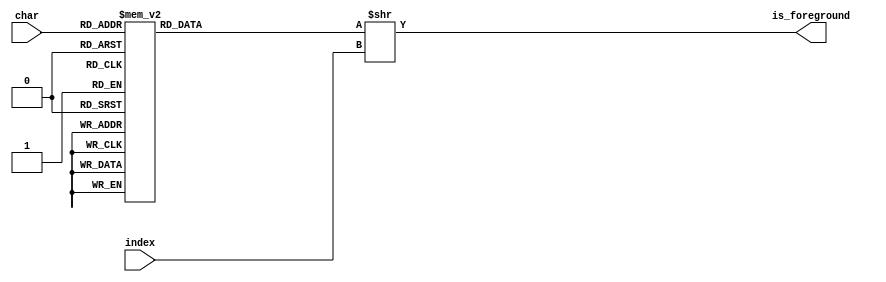
/*------------------------------------\
|ROM containing the font Public Pixel.|
|Made by GGBotNet under the license   |
|Creative Commons Zero v1.0 Universal.|
|Accepts ISO/IEC 8859-1 encoded       |
|characters as input.                 |
\------------------------------------*/

module public_pixel (
    input [7:0] char,
    input [$clog2(64)-1:0] index,
    output is_foreground
    );

    reg [63:0] font_char;
    wire [63:0] shift = font_char >> index;
    assign is_foreground = shift[0];
    
    always @ (char)
        case(char)
            8'h21 : font_char = 64'h0C000C1E1E1E0C00;
            8'h22 : font_char = 64'h0000001224363600;
            8'h23 : font_char = 64'h367F3636367F3600;
            8'h24 : font_char = 64'h083F683E0B7E0800;
            8'h25 : font_char = 64'h23562C1832654200;
            8'h26 : font_char = 64'h3E63735B0E1B0E00;
            8'h27 : font_char = 64'h00000004080C0C00;
            8'h28 : font_char = 64'h380C0606060C3800;
            8'h29 : font_char = 64'h0E18303030180E00;
            8'h2A : font_char = 64'h00000000361C3600;
            8'h2B : font_char = 64'h08083E0808000000;
            8'h2C : font_char = 64'h04080C0C00000000;
            8'h2D : font_char = 64'h00003E0000000000;
            8'h2E : font_char = 64'h0C0C000000000000;
            8'h2F : font_char = 64'h0103060C18302000;
            8'h30 : font_char = 64'h3E67636363733E00;
            8'h31 : font_char = 64'h7E18181818181E00;
            8'h32 : font_char = 64'h7F03061C30633E00;
            8'h33 : font_char = 64'h3E63603C60633E00;
            8'h34 : font_char = 64'h60607F63666C7800;
            8'h35 : font_char = 64'h3E6360603F037F00;
            8'h36 : font_char = 64'h3E63633F03633E00;
            8'h37 : font_char = 64'h03060C1830637F00;
            8'h38 : font_char = 64'h3E63633E63633E00;
            8'h39 : font_char = 64'h3E63607E63633E00;
            8'h3A : font_char = 64'h0C0C000C0C000000;
            8'h3B : font_char = 64'h080C000C0C000000;
            8'h3C : font_char = 64'h381C0E1C38000000;
            8'h3D : font_char = 64'h003E003E00000000;
            8'h3E : font_char = 64'h0E1C381C0E000000;
            8'h3F : font_char = 64'h0C000C3C60633E00;
            8'h40 : font_char = 64'h3E033B6B6B633E00;
            8'h41 : font_char = 64'h63637F6363361C00;
            8'h42 : font_char = 64'h3F63633F63633F00;
            8'h43 : font_char = 64'h3E63030303633E00;
            8'h44 : font_char = 64'h1F33636363331F00;
            8'h45 : font_char = 64'h7F03031F03037F00;
            8'h46 : font_char = 64'h0303031F03037F00;
            8'h47 : font_char = 64'h7E63637B03037E00;
            8'h48 : font_char = 64'h6363637F63636300;
            8'h49 : font_char = 64'h7E18181818187E00;
            8'h4A : font_char = 64'h3E63636060607800;
            8'h4B : font_char = 64'h63331B0F1B336300;
            8'h4C : font_char = 64'h7F03030303030300;
            8'h4D : font_char = 64'h6363636B7F776300;
            8'h4E : font_char = 64'h6363737B6F676300;
            8'h4F : font_char = 64'h3E63636363633E00;
            8'h50 : font_char = 64'h0303033F63633F00;
            8'h51 : font_char = 64'h5E337B6363633E00;
            8'h52 : font_char = 64'h63331B3F63633F00;
            8'h53 : font_char = 64'h3E63603E03633E00;
            8'h54 : font_char = 64'h1818181818187E00;
            8'h55 : font_char = 64'h3E63636363636300;
            8'h56 : font_char = 64'h081C366363636300;
            8'h57 : font_char = 64'h6363777F6B636300;
            8'h58 : font_char = 64'h63773E1C3E776300;
            8'h59 : font_char = 64'h1818183C66666600;
            8'h5A : font_char = 64'h7F070E1C38707F00;
            8'h5B : font_char = 64'h3E06060606063E00;
            8'h5C : font_char = 64'h406030180C060200;
            8'h5D : font_char = 64'h3E30303030303E00;
            8'h5E : font_char = 64'h00000063361C0800;
            8'h5F : font_char = 64'h7F00000000000000;
            8'h60 : font_char = 64'h0000000000080400;
            8'h61 : font_char = 64'h7E637E603E000000;
            8'h62 : font_char = 64'h3F6363633F030300;
            8'h63 : font_char = 64'h3E6303633E000000;
            8'h64 : font_char = 64'h7E6363637E606000;
            8'h65 : font_char = 64'h3E037F633E000000;
            8'h66 : font_char = 64'h0C0C0C0C7F0C3C00;
            8'h67 : font_char = 64'h3E607E637E000000;
            8'h68 : font_char = 64'h636363633F030300;
            8'h69 : font_char = 64'h7F1818181E001800;
            8'h6A : font_char = 64'h3E63606060006000;
            8'h6B : font_char = 64'h63331F3363030300;
            8'h6C : font_char = 64'h780E030303030300;
            8'h6D : font_char = 64'h6B6B6B6B3F000000;
            8'h6E : font_char = 64'h636363633F000000;
            8'h6F : font_char = 64'h3E6363633E000000;
            8'h70 : font_char = 64'h03033F633F000000;
            8'h71 : font_char = 64'h60607E637E000000;
            8'h72 : font_char = 64'h030303673B000000;
            8'h73 : font_char = 64'h3F607F037E000000;
            8'h74 : font_char = 64'h7C0C0C0C7F0C0C00;
            8'h75 : font_char = 64'h3E63636363000000;
            8'h76 : font_char = 64'h081C366363000000;
            8'h77 : font_char = 64'h367F6B6B63000000;
            8'h78 : font_char = 64'h773E1C3E77000000;
            8'h79 : font_char = 64'h0F1C366363000000;
            8'h7A : font_char = 64'h7F0E1C387F000000;
            8'h7B : font_char = 64'h380C0C0E0C0C3800;
            8'h7C : font_char = 64'h0C0C0C0C0C0C0C00;
            8'h7D : font_char = 64'h0E18183818180E00;
            8'h7E : font_char = 64'h003B6B6E00000000;
            8'hA1 : font_char = 64'h0C1E1E1E0C000C00;
            8'hA2 : font_char = 64'h083E6B0B6B3E0800;
            8'hA3 : font_char = 64'h7F06061F46663C00;
            8'hA4 : font_char = 64'h00221C141C220000;
            8'hA5 : font_char = 64'h083E083E1C366300;
            8'hA6 : font_char = 64'h0C0C0C000C0C0C00;
            8'hA7 : font_char = 64'h3C607E633F031E00;
            8'hA8 : font_char = 64'h0000000000003600;
            8'hA9 : font_char = 64'h3E415D455D413E00;
            8'hAA : font_char = 64'h00007E637E603E00;
            8'hAB : font_char = 64'h6C361B366C000000;
            8'hAC : font_char = 64'h0030303E00000000;
            8'hAD : font_char = 64'h00003E0000000000;
            8'hAE : font_char = 64'h3E41454D55413E00;
            8'hAF : font_char = 64'h0000000000003E00;
            8'hB0 : font_char = 64'h00003E6763733E00;
            8'hB1 : font_char = 64'h3E0008083E080800;
            8'hB2 : font_char = 64'h00007E0C38633E00;
            8'hB3 : font_char = 64'h00003E6338633E00;
            8'hB4 : font_char = 64'h0000000000081000;
            8'hB5 : font_char = 64'h03033F6363636300;
            8'hB6 : font_char = 64'h28282C2E2F2E7C00;
            8'hB7 : font_char = 64'h0000000800000000;
            8'hB8 : font_char = 64'h0408000000000000;
            8'hB9 : font_char = 64'h00007E1818181E00;
            8'hBA : font_char = 64'h00003E6363633E00;
            8'hBB : font_char = 64'h1B366C361B000000;
            8'hBC : font_char = 64'h4040775252030200;
            8'hBD : font_char = 64'h7010274232030200;
            8'hBE : font_char = 64'h4040735452040300;
            8'hBF : font_char = 64'h3E63031E18001800;
            8'hC0 : font_char = 64'h637F63361C080400;
            8'hC1 : font_char = 64'h637F63361C081000;
            8'hC2 : font_char = 64'h637F63361C140800;
            8'hC3 : font_char = 64'h637F63361C142800;
            8'hC4 : font_char = 64'h637F63361C003600;
            8'hC5 : font_char = 64'h637F63361C141C00;
            8'hC6 : font_char = 64'h7B1B1F7B1B1E7C00;
            8'hC7 : font_char = 64'h04083E6303633E00;
            8'hC8 : font_char = 64'h7F031F037F080400;
            8'hC9 : font_char = 64'h7F031F037F081000;
            8'hCA : font_char = 64'h7F031F037F140800;
            8'hCB : font_char = 64'h7F031F037F003600;
            8'hCC : font_char = 64'h7F1C1C1C7F080400;
            8'hCD : font_char = 64'h7F1C1C1C7F081000;
            8'hCE : font_char = 64'h7F1C1C1C7F140800;
            8'hCF : font_char = 64'h7F1C1C1C7F003600;
            8'hD0 : font_char = 64'h1E36666F66361E00;
            8'hD1 : font_char = 64'h63736B6763142800;
            8'hD2 : font_char = 64'h3E6363633E080400;
            8'hD3 : font_char = 64'h3E6363633E081000;
            8'hD4 : font_char = 64'h3E6363633E140800;
            8'hD5 : font_char = 64'h3E6363633E142800;
            8'hD6 : font_char = 64'h3E6363633E003600;
            8'hD7 : font_char = 64'h2214081422000000;
            8'hD8 : font_char = 64'h3E63676B73633E00;
            8'hD9 : font_char = 64'h3E63636363080400;
            8'hDA : font_char = 64'h3E63636363081000;
            8'hDB : font_char = 64'h3E63636363140800;
            8'hDC : font_char = 64'h3E63636363003600;
            8'hDD : font_char = 64'h1C1C3E6363081000;
            8'hDE : font_char = 64'h033F6363633F0300;
            8'hDF : font_char = 64'h3B6B633B1B331E00;
            8'hE0 : font_char = 64'h7E637E603E080400;
            8'hE1 : font_char = 64'h7E637E603E081000;
            8'hE2 : font_char = 64'h7E637E603E140800;
            8'hE3 : font_char = 64'h7E637E603E142800;
            8'hE4 : font_char = 64'h7E637E603E003600;
            8'hE5 : font_char = 64'h7E637E603E141C00;
            8'hE6 : font_char = 64'h3F0D7F6C3F000000;
            8'hE7 : font_char = 64'h04087E03037E0000;
            8'hE8 : font_char = 64'h3E037F633E080400;
            8'hE9 : font_char = 64'h3E037F633E081000;
            8'hEA : font_char = 64'h3E037F633E140800;
            8'hEB : font_char = 64'h3E037F633E003600;
            8'hEC : font_char = 64'h7F1818181E080400;
            8'hED : font_char = 64'h7F1818181E081000;
            8'hEE : font_char = 64'h7F1818181E140800;
            8'hEF : font_char = 64'h7F1818181E003600;
            8'hF0 : font_char = 64'h3E6363637E301800;
            8'hF1 : font_char = 64'h636363633F142800;
            8'hF2 : font_char = 64'h3E63633E00080400;
            8'hF3 : font_char = 64'h3E63633E00081000;
            8'hF4 : font_char = 64'h3E63633E00140800;
            8'hF5 : font_char = 64'h3E63633E00142800;
            8'hF6 : font_char = 64'h3E63633E00360000;
            8'hF7 : font_char = 64'h08003E0008000000;
            8'hF8 : font_char = 64'h3E676B733E000000;
            8'hF9 : font_char = 64'h3E63636300080400;
            8'hFA : font_char = 64'h3E63636300081000;
            8'hFB : font_char = 64'h3E63636300140800;
            8'hFC : font_char = 64'h3E63636300360000;
            8'hFD : font_char = 64'h0F1C366363081000;
            8'hFE : font_char = 64'h03033F633F030300;
            8'hFF : font_char = 64'h0F1C366363003600;
            default : font_char = 64'h0;
        endcase

endmodule